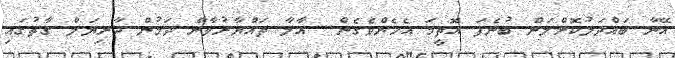
އޭނާ ބައްދަލުކޮށްލަން ބުނެފަ އޮތީމަ އެހެންވެގެން.. އާލާ ތައްޔާރުވާން ދަމުން ދާނިޔަލް ގާތުގައި